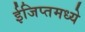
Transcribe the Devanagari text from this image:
ईजिप्तमध्ये